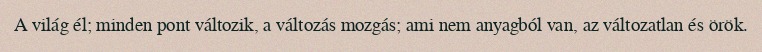
A világ él; minden pont változik, a változás mozgás; ami nem anyagból van, az változatlan és örök.